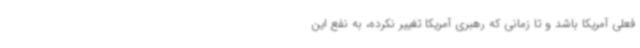
فعلی آمریکا باشد و تا زمانی که رهبری آمریکا تغییر نکرده، به نفع این